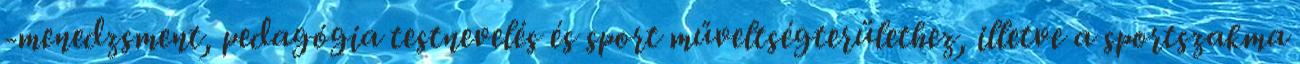
-menedzsment, pedagógia testnevelés és sport műveltségterülethez, illetve a sportszakma